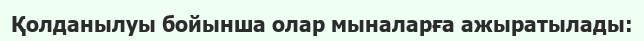
Қолданылуы бойынша олар мыналарға ажыратылады: